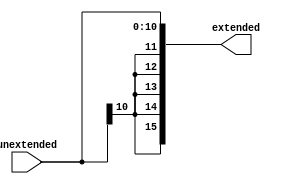
`timescale 1ns / 1ns

module SignExtender(input [10:0] unextended, output wire [15:0] extended);

    assign extended = $signed(unextended);
    //extended[15:0] <= { {11{extend[10]}}, extend[10:0] };

endmodule